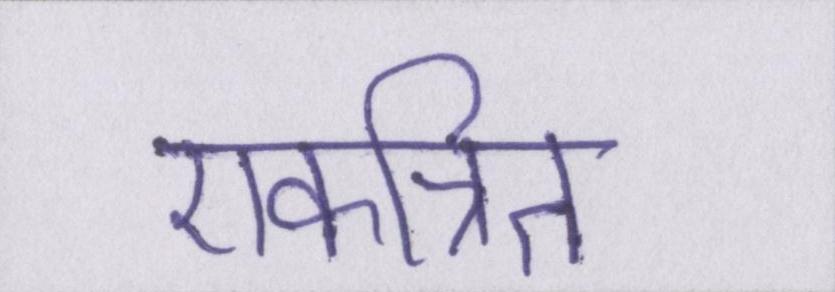
एकत्रित